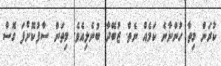
ކުރަން މިތާ ހުންނާނެ ކަމެއް ނެތް. ޒުބޭދާ ބުނެލިއެވެ. މިތަން ސާފުކޮށްފަ ގޮސް